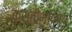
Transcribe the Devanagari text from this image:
कुस्तीभविष्य